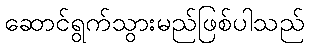
ဆောင်ရွက်သွားမည်ဖြစ်ပါသည်